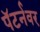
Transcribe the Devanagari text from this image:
पॅटर्नवर